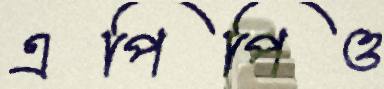
এপিপিও